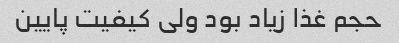
حجم غذا زیاد بود ولی کیفیت پایین